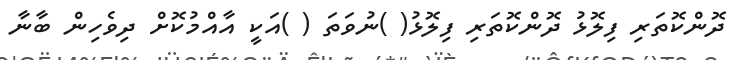
ދޮންކޮތަރި ފިލޮޅު ދޮންކޮތަރި ފިލޮޅު( )ނުވަތަ ( )އަކީ އާއްމުކޮށް ދިވެހިން ބާނާ